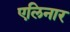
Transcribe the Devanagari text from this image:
एलिनार